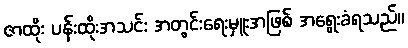
ဇာထိုး ပန်းထိုးအသင်း အတွင်းရေးမှူးအဖြစ် အရွေးခံရသည်။